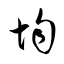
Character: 均